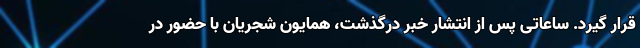
قرار گیرد. ساعاتی پس از انتشار خبر درگذشت، همایون شجریان با حضور در